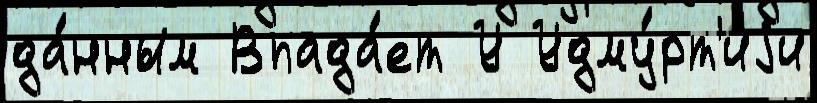
да́нным Впада́ет У Удму́рт'иjи